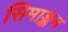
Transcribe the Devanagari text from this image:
सिमाङ्कन